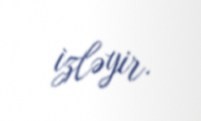
izləyir.